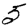
Digit: 5